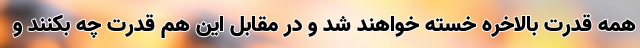
همه قدرت بالاخره خسته خواهند شد و در مقابل این هم قدرت چه بکنند و